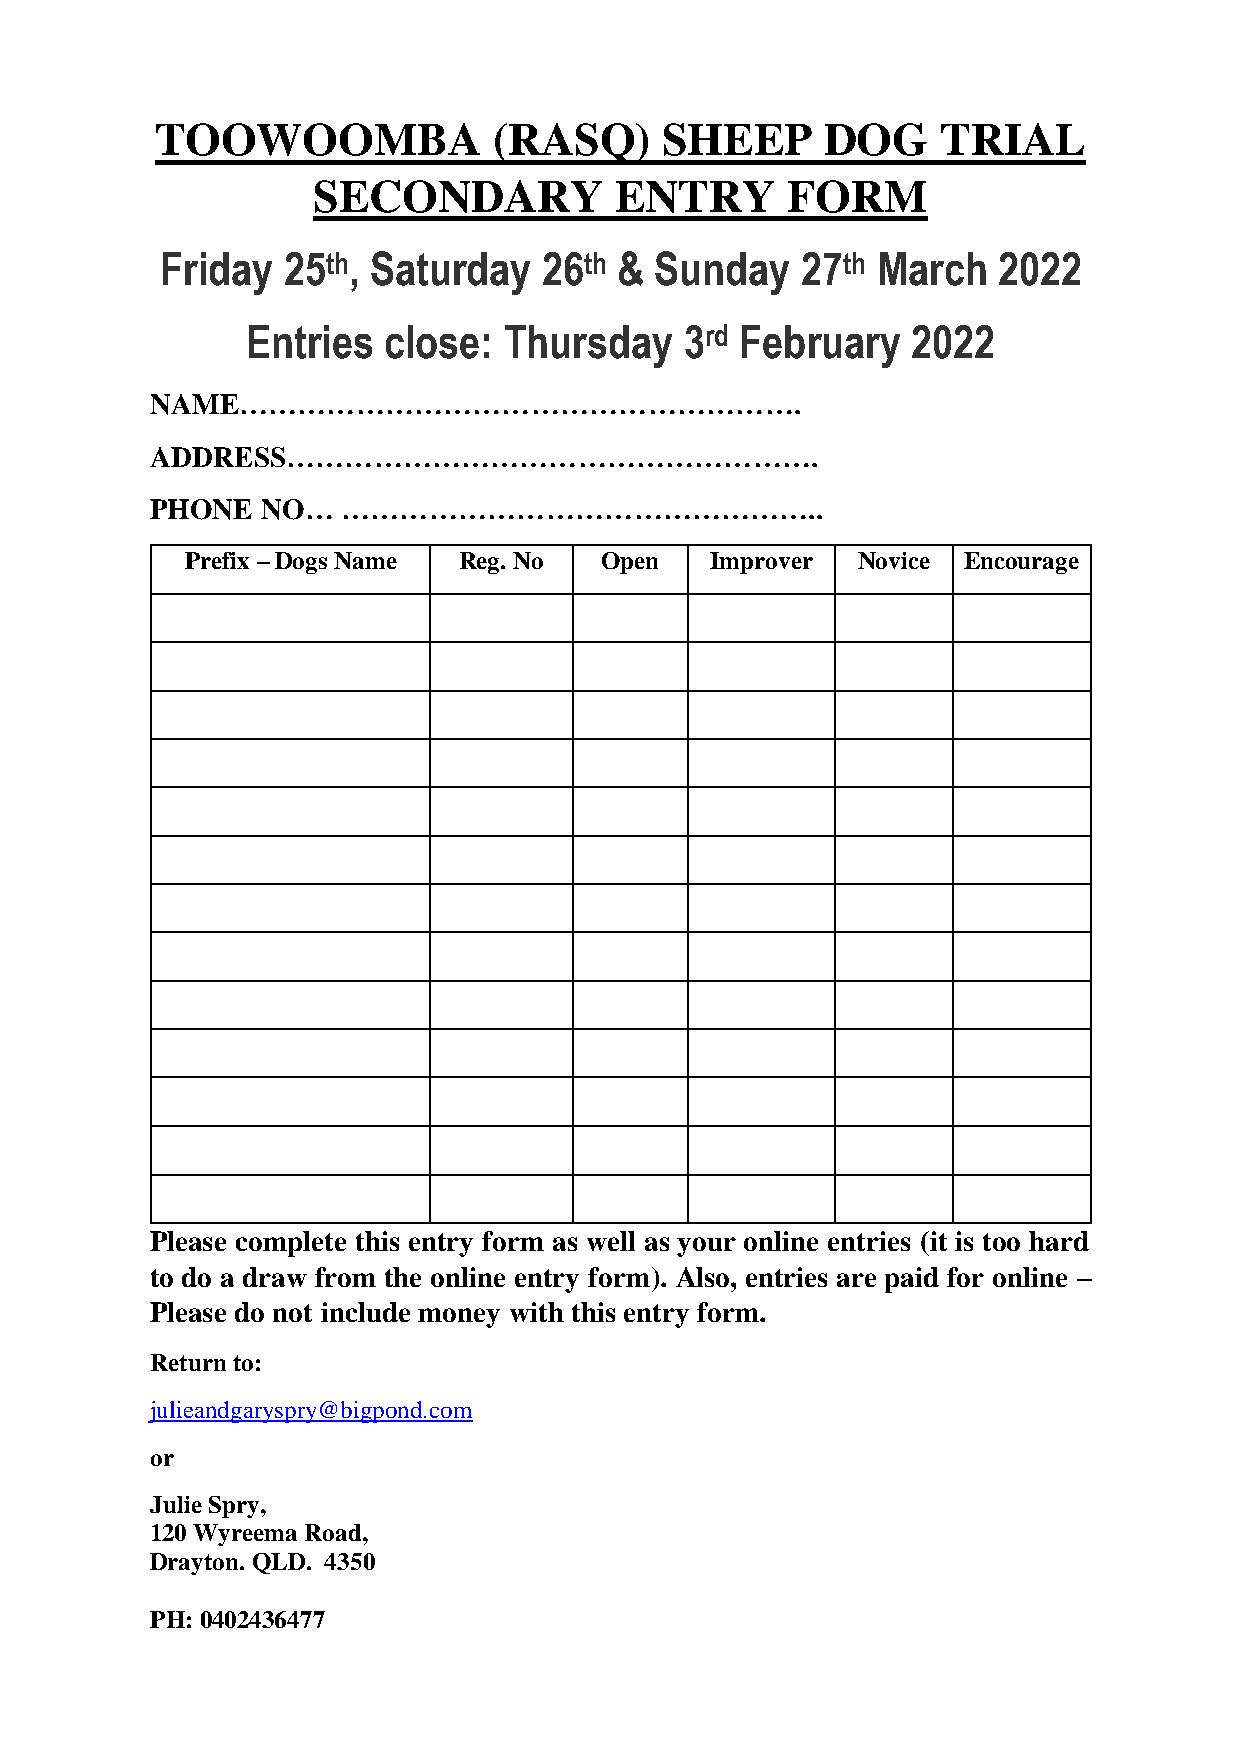
TOOWOOMBA              (RASQ)     SHEEP      DOG    TRIAL
 SECONDARY           ENTRY      FORM
 Friday  25th, Saturday   26th & Sunday    27th March   2022
 Entries  close:  Thursday    3rd February   2022
 NAME………………………………………………….
 ADDRESS……………………………………………….
 PHONE  NO…   …………………………………………..
 Prefix – Dogs Name Reg. No  Open   Improver  Novice Encourage
 Please complete this entry form as well as your online entries (it is too hard
 to do a draw from the online entry form). Also, entries are paid for online –
 Please do not include money with this entry form.
 Return to:
 julieandgaryspry@bigpond.com
 or
 Julie Spry,
 120 Wyreema Road,
 Drayton. QLD. 4350
 PH: 0402436477